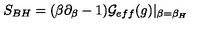
S _ { B H } = ( \beta \partial _ { \beta } - 1 ) { \cal G } _ { e f f } ( g ) | _ { \beta = \beta _ { H } }